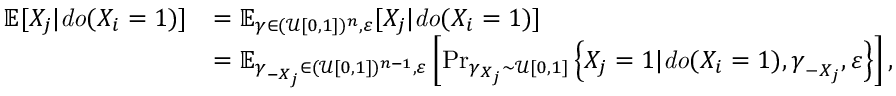
\begin{array} { r l } { \mathbb { E } [ X _ { j } | { \it d o } ( X _ { i } = 1 ) ] } & { = \mathbb { E } _ { \boldsymbol { \gamma } \in ( \mathcal { U } [ 0 , 1 ] ) ^ { n } , \boldsymbol { \varepsilon } } [ X _ { j } | { \it d o } ( X _ { i } = 1 ) ] } \\ & { = \mathbb { E } _ { \boldsymbol { \gamma } _ { - X _ { j } } \in ( \mathcal { U } [ 0 , 1 ] ) ^ { n - 1 } , \boldsymbol { \varepsilon } } \left[ \operatorname* { P r } _ { \gamma _ { X _ { j } } \sim \mathcal { U } [ 0 , 1 ] } \left\{ X _ { j } = 1 | { \it d o } ( X _ { i } = 1 ) , \boldsymbol { \gamma } _ { - X _ { j } } , \varepsilon \right\} \right] , } \end{array}